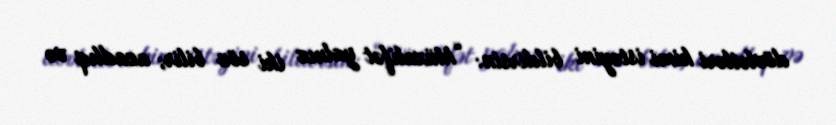
dövlətləri kimi istəyini bildirsin: “Müxalifət yalnız iki söz bilir; azadlıq və